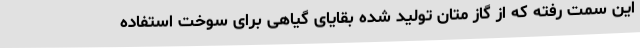
این سمت رفته که از گاز متان تولید شده بقایای گیاهی برای سوخت استفاده